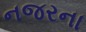
નજરના